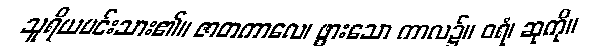
သူရိယမင်းသား၏။ ဇာတကာလေ၊ ဖွားသော ကာလ၌။ ဝရံ၊ ဆုကို။